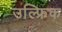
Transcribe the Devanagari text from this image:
उल्फ्रिक